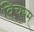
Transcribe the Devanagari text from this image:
विचरम